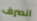
انصرف